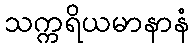
သက္ကရိယမာနာနံ